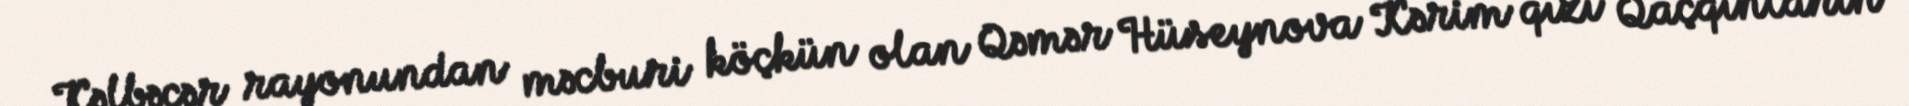
Kəlbəcər rayonundan məcburi köçkün olan Qəmər Hüseynova Kərim qızı Qaçqınların